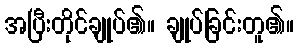
အပြီးတိုင်ချုပ်၏။ ချုပ်ခြင်းတူ၏။